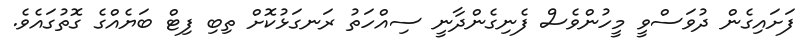
ފަށައިގެން ދުވަސްވީ މީހުންވެސް ފެނިގެންދާނީ ސިއްހަތު ރަނގަޅުކޮށް ތިބި ފިޓް ބަޔެއްގެ ގޮތުގައެވެ.